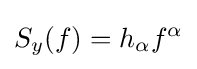
S_{y}(f)=h_{\alpha }f^{\alpha }